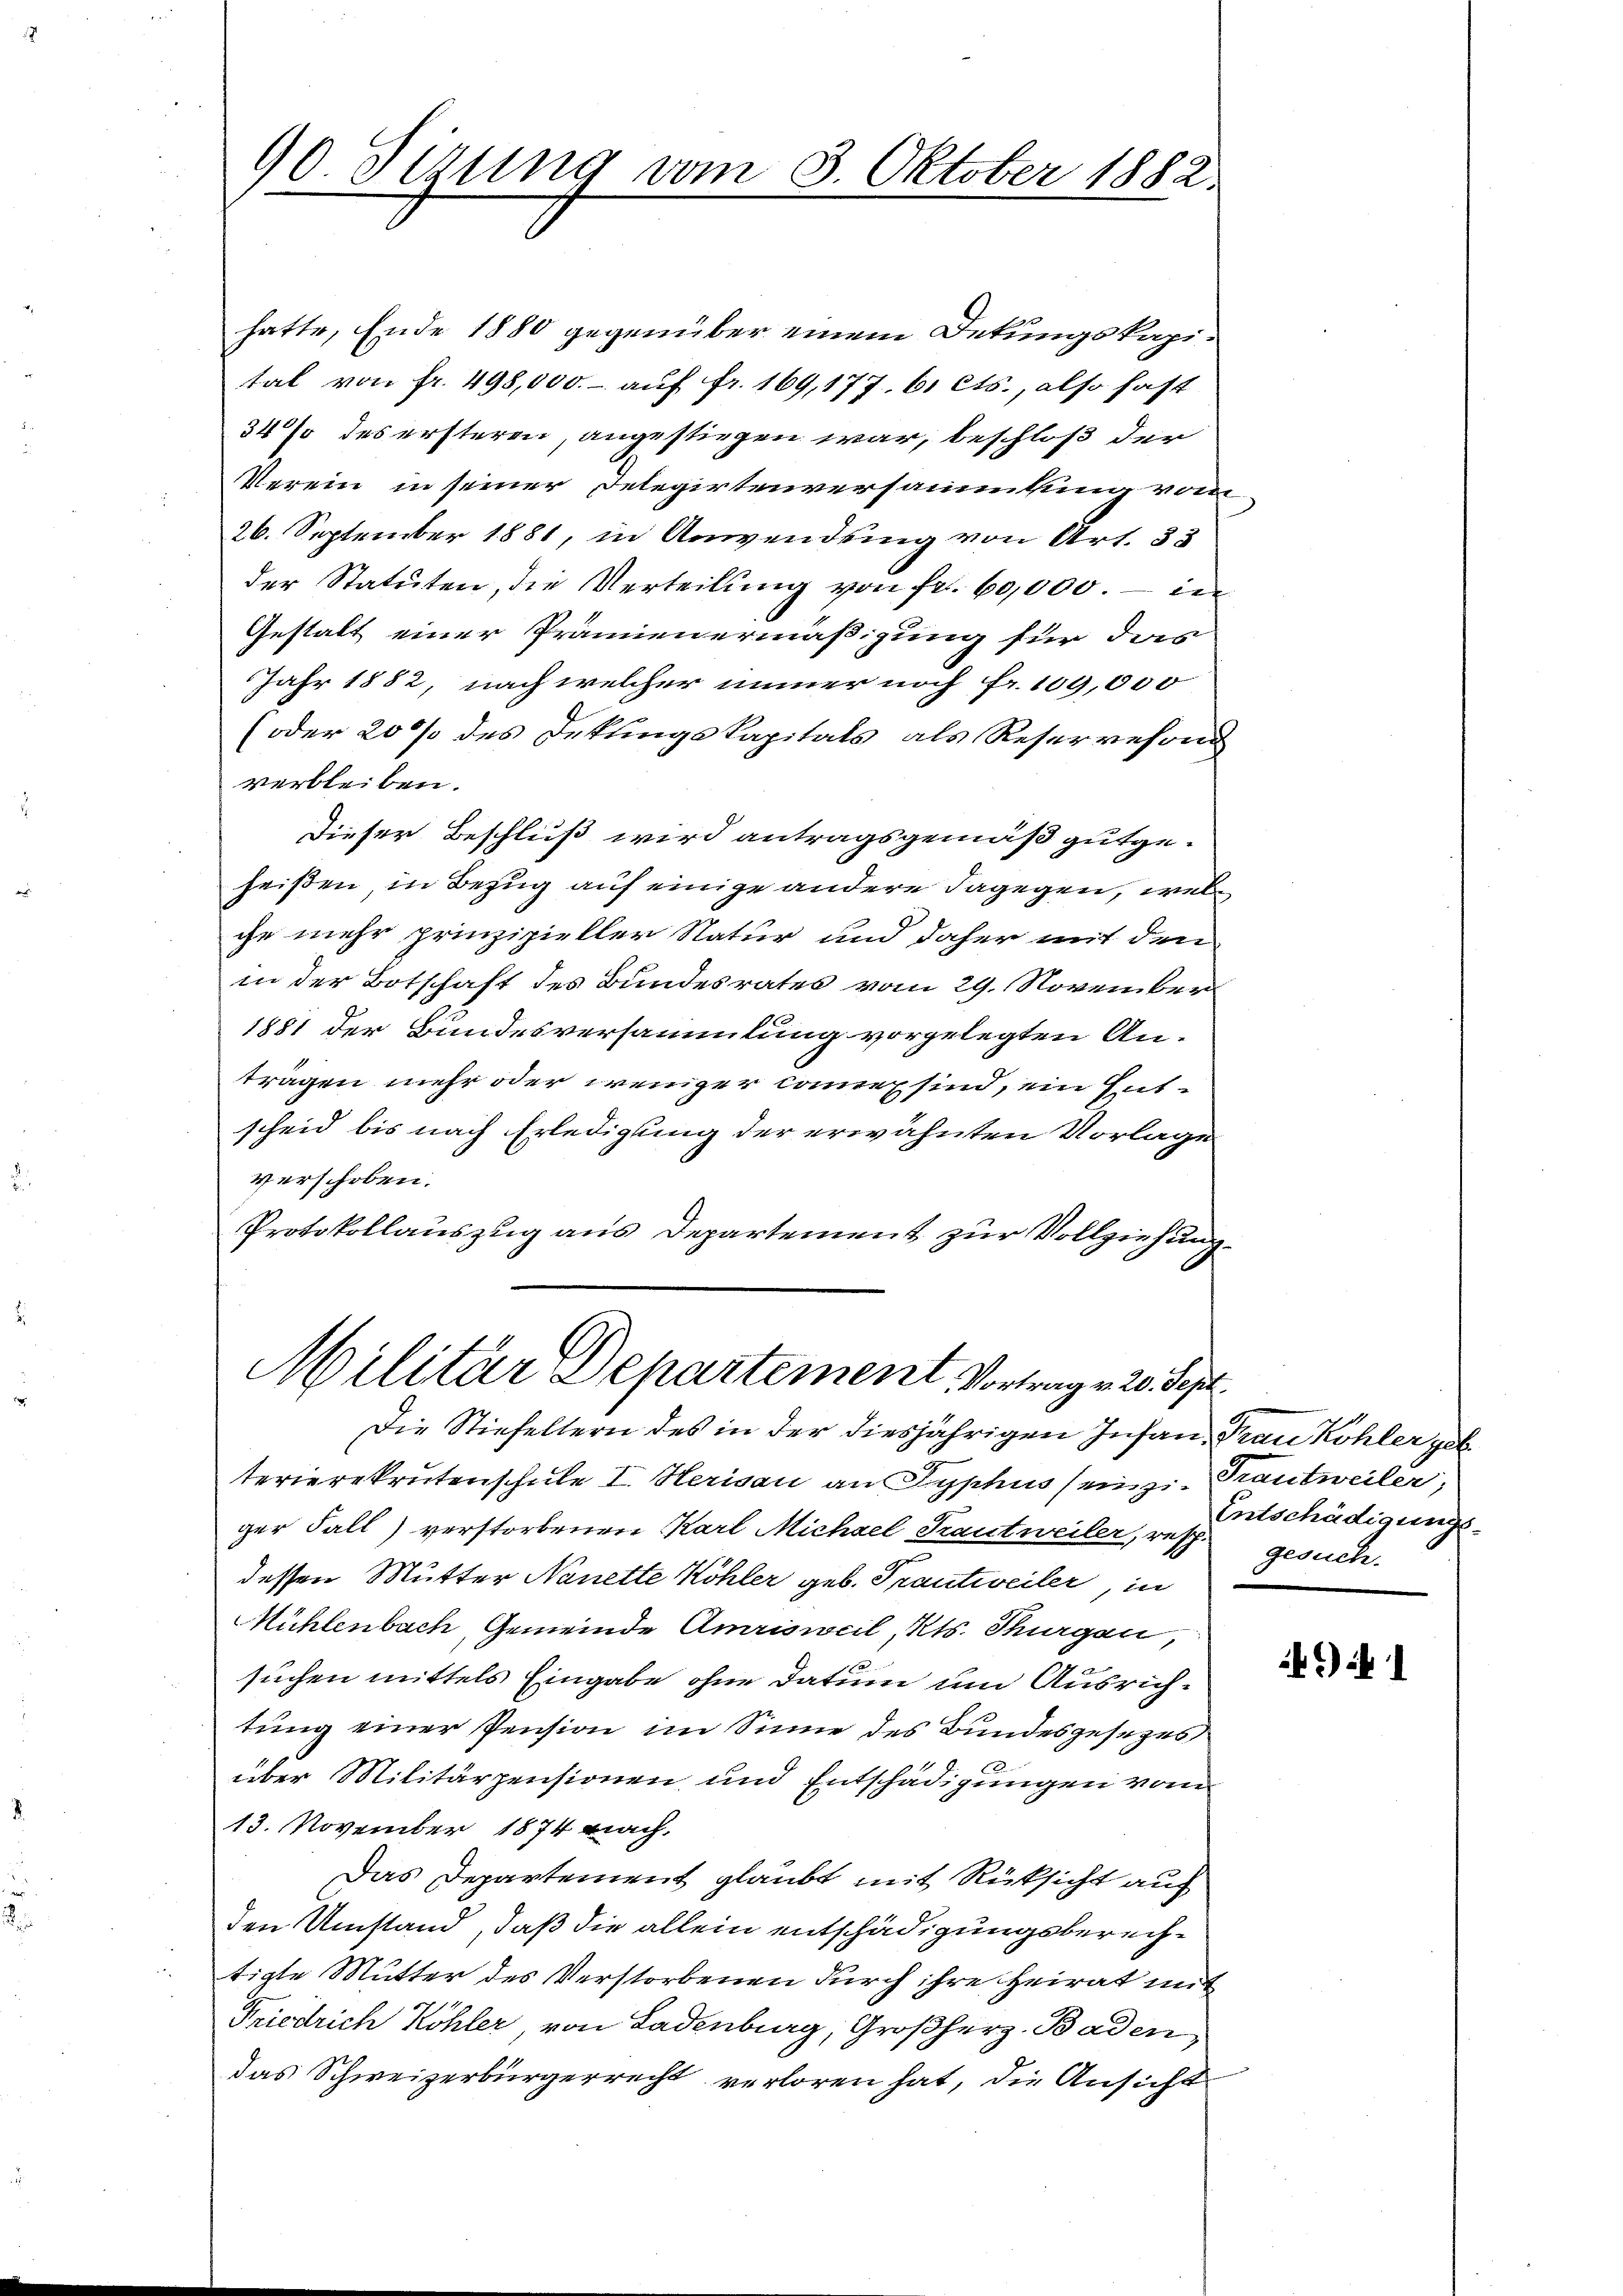
90 Sizung vom 3. Oktober 1882.

hatte, Ende 1880 gegenüber einem Dekungskapital von fr. 498,000.- auf fr. 169,177. 61 Cts., also fast
34% des ersteren, angestiegen war, beschloß der
Verein in seiner Delegirtenversammlung vom
26. September 1881, in Anwendung von Art. 33
der Statuten, die Verteilung von fr. 60,000.- in
Gestalt einer Prämienermäßigung für das
Jahr 1882, nach welcher immer noch Fr. 100,000
(oder 20 % des Deklingskapitals, als Reser resond
verbleiben.
Dieser Beschluß wird antragsgemäß gutgeheißen in Bezug auf einige andere dagegen, wel
che mehr prinzipieller Natur und daher mit den
in der Botschaft des Bundesrates vom 29. November
1881 der Bundesversammlung vorgelegten An-
trägen mehr oder weniger Consind, ein Ent-
scheid bis nach Erledigung der erwähnten Vorlage
verschoben.
Protokollauszug aus Departement zur Vollziehung.
Militär Departement, Vortrag. 20. Sept.

Die Stiefeltern des in der diesjährigen Infan Frau Kohler geb
terierekrutenschule I. Herisau an Syphus seinzi Trautweiler,
ger Fall) verstorbenen Karl Michael Trautweiler, resp. gesuch.
dessen Mutter Nanette Köhler geb. Prantweiler, in
Mühlenbach Gemeinde Amrisweil, Kts. Thurgau,
suchen mittels Eingabe ohne Datum um Ausrichtung einer Pension im Sinne des Bundesgesezes
über Militärpensionen und Entschädigungen vom
13. November 1874 nach.
Das Departement glaubt mit Rücksicht auf
den Umstand, daß die allein entschädigungsberechtigte Mutter des Verstorbenen durch ihre Heirat mit
Friedrich Köhler von Ladenburg, Großherz. Baden,
das Schweizerbürgerrecht verloren hat, die Ansicht

Entschädigungs-

i 1